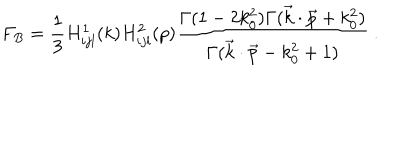
LaTeX: F _ { B } = { \frac { 1 } { 3 } } H _ { i j l } ^ { 1 } ( k ) H _ { i j l } ^ { 2 } ( p ) { \frac { \Gamma ( 1 - 2 k _ { 0 } ^ { 2 } ) \Gamma ( \vec { k } \cdot \vec { p } + k _ { 0 } ^ { 2 } ) } { \Gamma ( \vec { k } \cdot \vec { p } - k _ { 0 } ^ { 2 } + 1 ) } } \ .